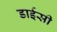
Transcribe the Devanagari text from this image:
डाईसी